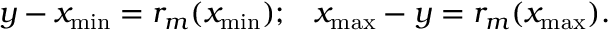
y - x _ { \operatorname* { m i n } } = r _ { m } ( x _ { \operatorname* { m i n } } ) ; \; \; \; x _ { \operatorname* { m a x } } - y = r _ { m } ( x _ { \operatorname* { m a x } } ) .